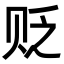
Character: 贬